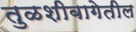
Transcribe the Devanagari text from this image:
तुळशीबागेतील